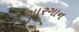
ગારગાન